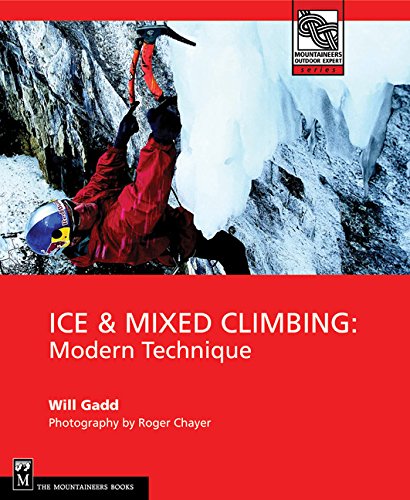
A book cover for Ice & Mixed Climbing: Modern Technique (Mountaineers Outdoor Expert); Will Gadd; Sports & Outdoors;